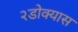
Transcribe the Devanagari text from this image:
२डोक्यास